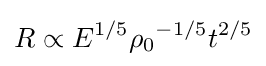
R\propto E^{1/5}{{\rho }_{0}}^{-1/5}t^{2/5}